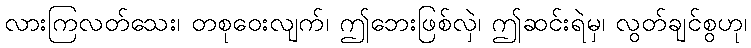
လားကြလတ်သေး၊ တစုဝေးလျက်၊ ဤဘေးဖြစ်လှဲ၊ ဤဆင်းရဲမှ၊ လွတ်ချင်စွဟု၊